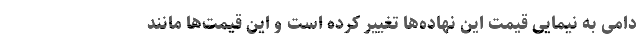
دامی به نیمایی قیمت این نهاده‌ها تغییر کرده است و این قیمت‌ها مانند